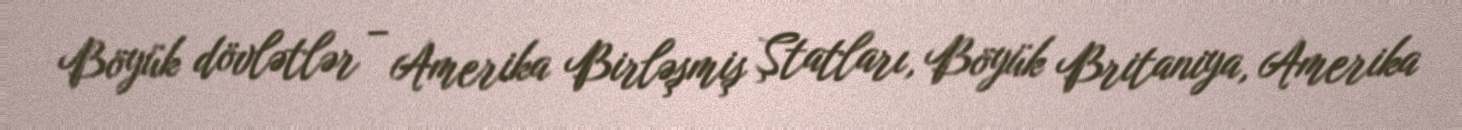
Böyük dövlətlər – Amerika Birləşmiş Ştatları, Böyük Britaniya, Amerika